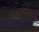
દીવાલોના